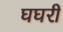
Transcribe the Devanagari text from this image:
घघरी